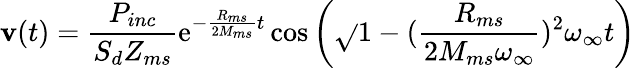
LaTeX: \mathbf{v}(t)=\frac{{P_{inc}}}{{S_{d}Z_{ms}}}\textrm{{e}}^{-\frac{{R_{ms}}}{{2M_{ms}}}t}\cos\left(\sqrt{}{{1-(\frac{{R_{ms}}}{{2M_{ms}\omega_{\infty}}})^{2}}}\omega_{\infty}t\right)